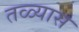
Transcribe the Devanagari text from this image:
तळ्यास